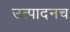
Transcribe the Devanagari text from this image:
उत्पादनच